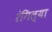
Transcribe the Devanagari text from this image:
रंगिल्या